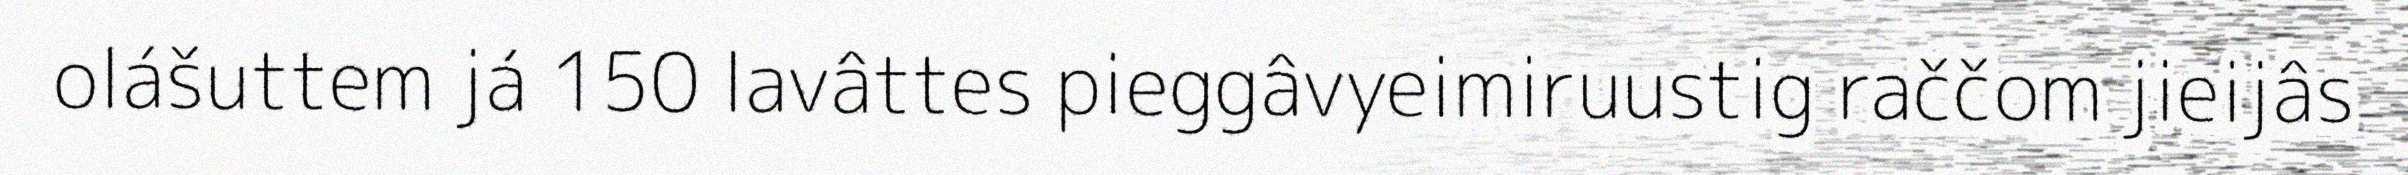
olášuttem já 150 lavâttes pieggâvyeimiruustig raččom jieijâs